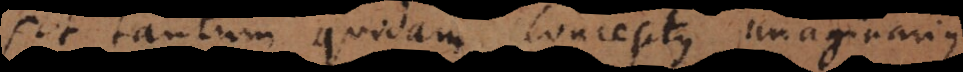
sit tantum quidam conceptus imaginarius